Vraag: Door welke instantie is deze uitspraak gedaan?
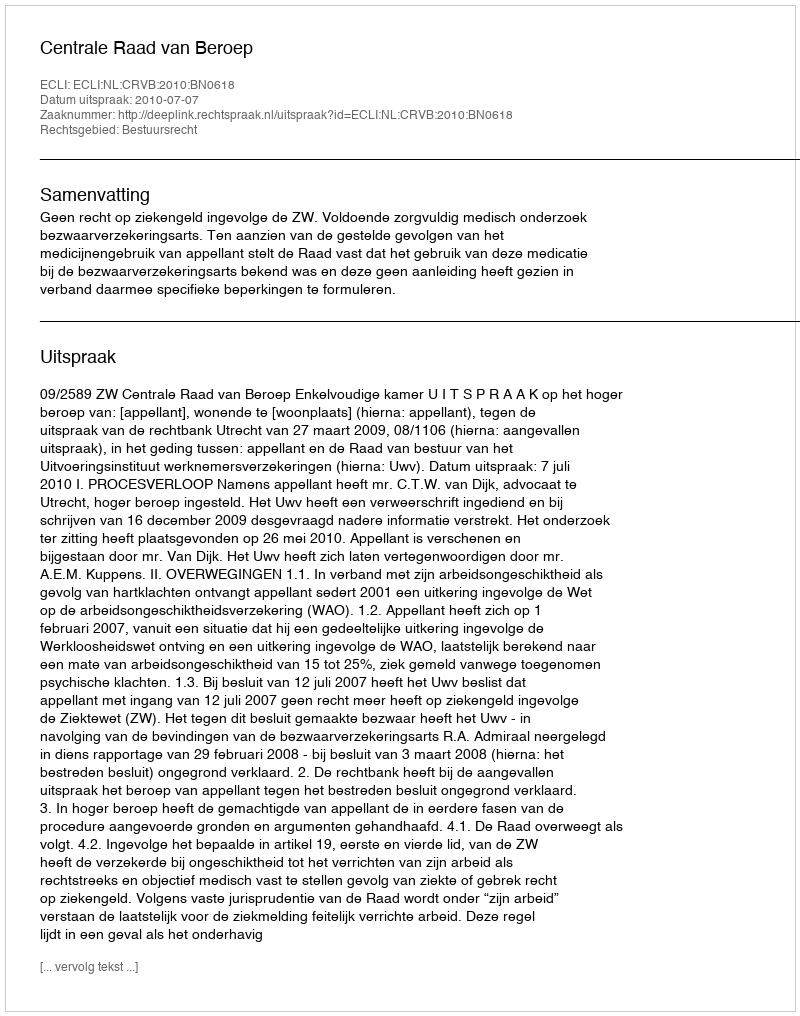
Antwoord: Centrale Raad van Beroep